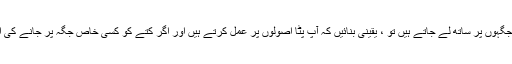
اگر آپ اپنے کتے کو اپنی پسند کی جگہوں پر ساتھ لے جاتے ہیں تو ، یقینی بنائیں کہ آپ پٹا اصولوں پر عمل کرتے ہیں اور اگر کتے کو کسی خاص جگہ پر جانے کی اجازت نہیں ہے تو اس پر توجہ دیں۔